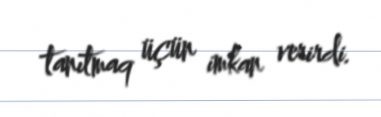
tanıtmaq üçün imkan verirdi.